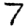
Digit: 7